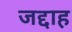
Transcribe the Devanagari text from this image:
जद्दाह